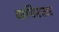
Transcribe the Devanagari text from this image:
वाचिस्सर